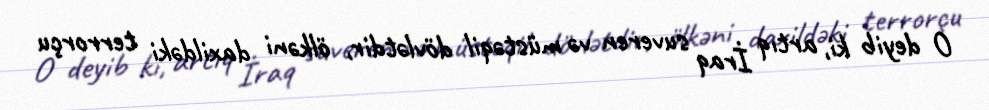
O deyib ki, artıq İraq suveren və müstəqil dövlətdir, ölkəni daxildəki terrorçu